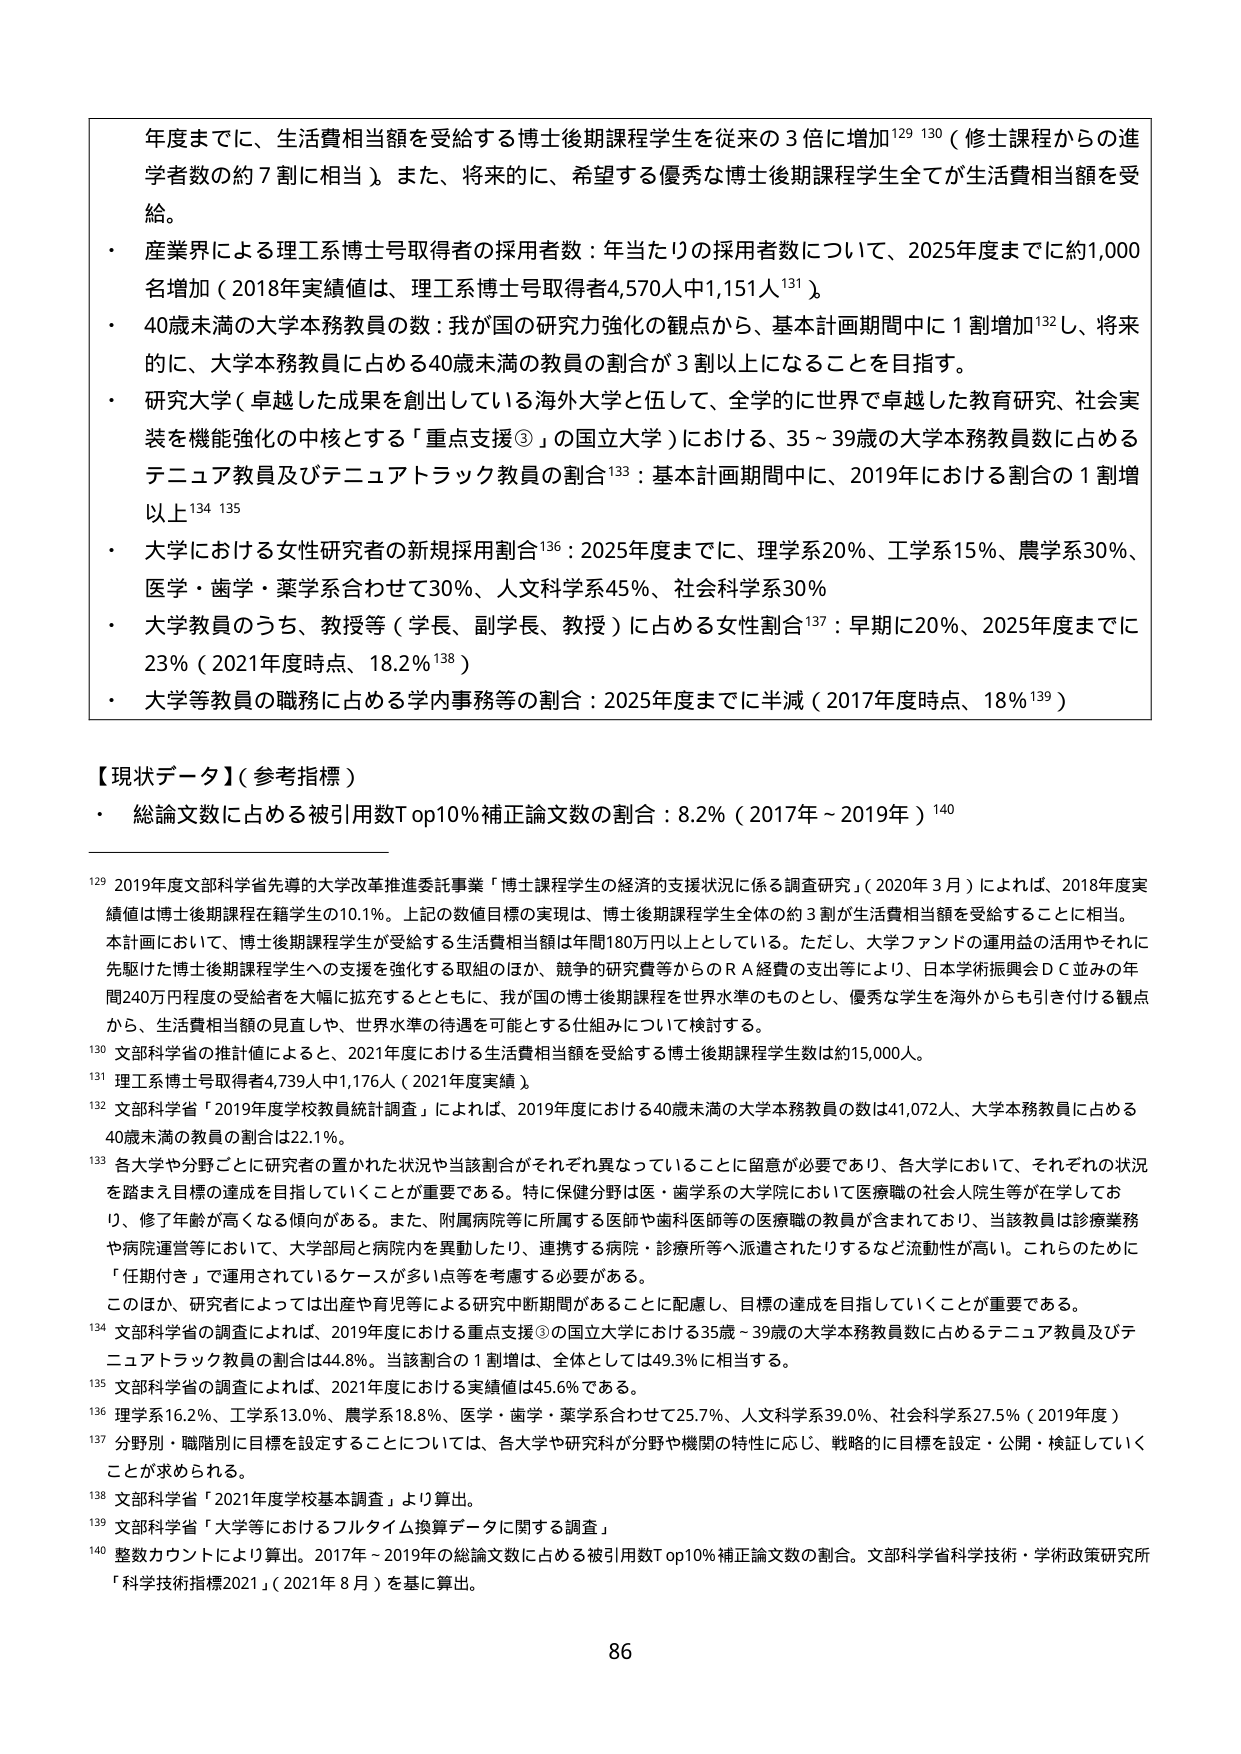
年度までに、生活費相当額を受給する博士後期課程学生を従来の３倍に増加¹²⁹ ¹³⁰（修士課程からの進学者数の約７割に相当）。また、将来的に、希望する優秀な博士後期課程学生全てが生活費相当額を受給。

・ 産業界による理工系博士号取得者の採用者数：年当たりの採用者数について、2025年度までに約1,000名増加（2018年実績値は、理工系博士号取得者4,570人中1,151人¹³¹）。

・ 40歳未満の大学本務教員の数：我が国の研究力強化の観点から、基本計画期間中に１割増加¹³²し、将来的に、大学本務教員に占める40歳未満の教員の割合が３割以上になることを目指す。

・ 研究大学（卓越した成果を創出している海外大学と伍して、全学的に世界で卓越した教育研究、社会実装を機能強化の中核とする「重点支援③」の国立大学）における、35～39歳の大学本務教員数に占めるテニュア教員及びテニュアトラック教員の割合¹³³：基本計画期間中に、2019年における割合の１割増以上¹³⁴ ¹³⁵

・ 大学における女性研究者の新規採用割合¹³⁶：2025年度までに、理学系20％、工学系15％、農学系30％、医学・歯学・薬学系合わせて30％、人文科学系45％、社会科学系30％

・ 大学教員のうち、教授等（学長、副学長、教授）に占める女性割合¹³⁷：早期に20％、2025年度までに23％（2021年度時点、18.2％¹³⁸）

・ 大学等教員の職務に占める学内事務等の割合：2025年度までに半減（2017年度時点、18％¹³⁹）

【現状データ】（参考指標）

・ 総論文数に占める被引用数Top10％補正論文数の割合：8.2％（2017年～2019年）¹⁴⁰

¹²⁹ 2019年度文部科学省先導的大学改革推進委託事業「博士課程学生の経済的支援状況に係る調査研究」（2020年3月）によれば、2018年度実績値は博士後期課程在籍学生の10.1％。上記の数値目標の実現は、博士後期課程学生全体の約３割が生活費相当額を受給することに相当。本計画において、博士後期課程学生が受給する生活費相当額は年間180万円以上としている。ただし、大学ファンドの運用益の活用やそれに先駆けた博士後期課程学生への支援を強化する取組のほか、競争的研究費等からのＲＡ経費の支出等により、日本学術振興会ＤＣ並みの年間240万円程度の受給者を大幅に拡充するとともに、我が国の博士後期課程を世界水準のものとし、優秀な学生を海外からも引き付ける観点から、生活費相当額の見直しや、世界水準の待遇を可能とする仕組みについて検討する。

¹³⁰ 文部科学省の推計値によると、2021年度における生活費相当額を受給する博士後期課程学生数は約15,000人。

¹³¹ 理工系博士号取得者4,739人中1,176人（2021年度実績）。

¹³² 文部科学省「2019年度学校教員統計調査」によれば、2019年度における40歳未満の大学本務教員の数は41,072人、大学本務教員に占める40歳未満の教員の割合は22.1％。

¹³³ 各大学や分野ごとに研究者の置かれた状況や当該割合がそれぞれ異なっていることに留意が必要であり、各大学において、それぞれの状況を踏まえ目標の達成を目指していくことが重要である。特に保健分野は医・歯学系の大学院において医療職の社会人院生等が在学しており、修了年齢が高くなる傾向がある。また、附属病院等に所属する医師や歯科医師等の医療職の教員が含まれており、当該教員は診療業務や病院運営等において、大学部局と病院内を異動したり、連携する病院・診療所等へ派遣されたりするなど流動性が高い。これらのために「任期付き」で運用されているケースが多い点等を考慮する必要がある。このほか、研究者によっては出産や育児等による研究中断期間があることに配慮し、目標の達成を目指していくことが重要である。

¹³⁴ 文部科学省の調査によれば、2019年度における重点支援③の国立大学における35歳～39歳の大学本務教員数に占めるテニュア教員及びテニュアトラック教員の割合は44.8％。当該割合の１割増は、全体としては49.3％に相当する。

¹³⁵ 文部科学省の調査によれば、2021年度における実績値は45.6％である。

¹³⁶ 理学系16.2％、工学系13.0％、農学系18.8％、医学・歯学・薬学系合わせて25.7％、人文科学系39.0％、社会科学系27.5％（2019年度）

¹³⁷ 分野別・職階別に目標を設定することについては、各大学や研究科が分野や機関の特性に応じ、戦略的に目標を設定・公開・検証していくことが求められる。

¹³⁸ 文部科学省「2021年度学校基本調査」より算出。

¹³⁹ 文部科学省「大学等におけるフルタイム換算データに関する調査」

¹⁴⁰ 整数カウントにより算出。2017年～2019年の総論文数に占める被引用数Top10％補正論文数の割合。文部科学省科学技術・学術政策研究所「科学技術指標2021」（2021年8月）を基に算出。

86